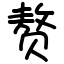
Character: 赘